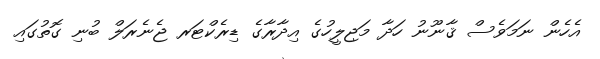
އެހެން ނަމަވެސް ޤާނޫނު ހަދާ މަޖިލީހުގެ އިދާރާގެ ޑިރެކްޓަރ ޖެނެރަލް ބުނި ގޮތުގައި